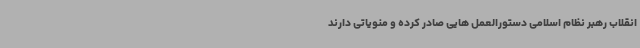
انقلاب رهبر نظام اسلامی دستورالعمل هایی صادر کرده و منویاتی دارند